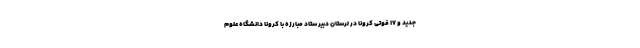
جدید و ۱۷ فوتی کرونا در لرستان دبیر ستاد مبارزه با کرونا دانشگاه علوم